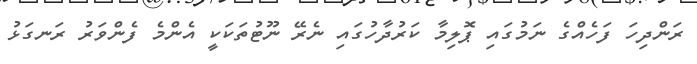
ރަންދިހަ ފަހެއްގެ ނަމުގައި ޕޮލިމާ ކަރުދާހުގައި ނެރޭ ނޫޓުތަކަކީ އެންމެ ފެންވަރު ރަނގަޅު